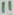
Text: 11